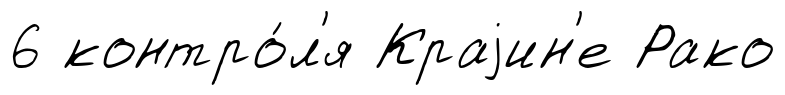
6 контро́л'я Краjин'е Рако